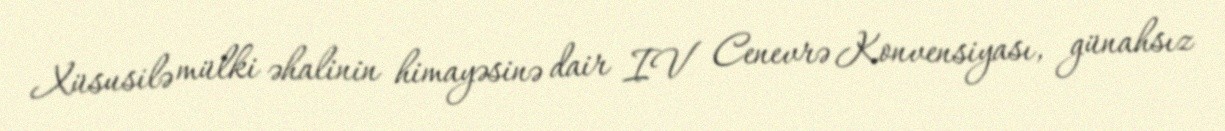
Xüsusilə mülki əhalinin himayəsinə dair IV Cenevrə Konvensiyası, günahsız